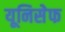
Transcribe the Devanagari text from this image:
यूनिसेेफ